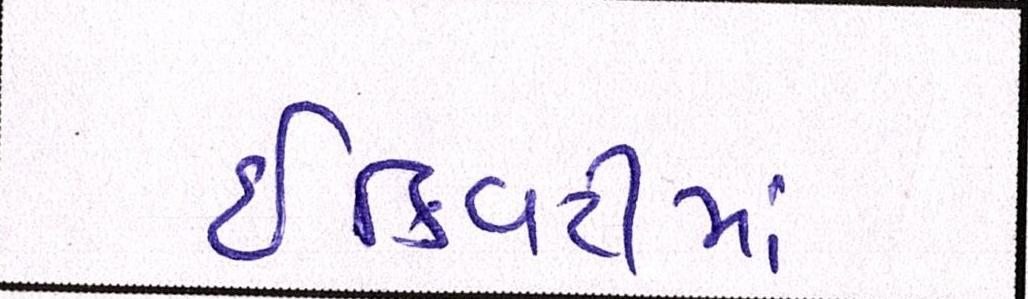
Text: ઇક્વિટીમાં